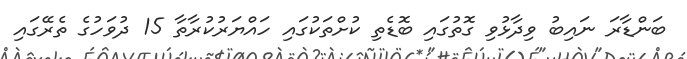
ބަންޑާރަ ނައިބު ވިދާޅުވި ގޮތުގައި ބޮޑެތި ކުށްތަކުގައި ހައްޔަރުކުރާތާ 15 ދުވަހުގެ ތެރޭގައި